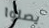
يصلوا